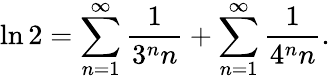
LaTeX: \ln 2=\sum_{n=1}^{\infty}{\frac{1}{3^{n}n}}+\sum_{n=1}^{\infty}{\frac{1}{4^{n}n}}.